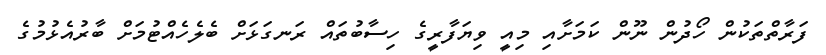
ފަރާތްތަކުން ހޯދުން ނޫން ކަމަށާއި މިއީ ވިޔަފާރީގެ ހިސާބުތައް ރަނގަޅަށް ބެލެހެއްޓުމަށް ބާރުއެޅުމުގެ